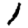
Digit: 1